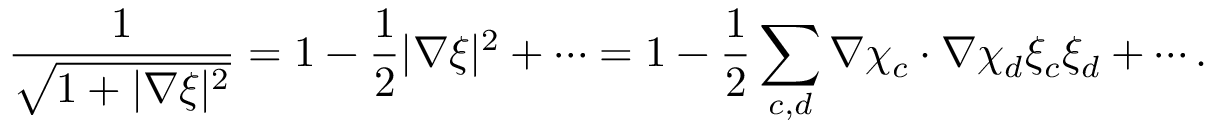
\frac { 1 } { \sqrt { 1 + | \nabla \xi | ^ { 2 } } } = 1 - \frac { 1 } { 2 } | \nabla \xi | ^ { 2 } + \cdots = 1 - \frac { 1 } { 2 } \sum _ { c , d } \nabla \chi _ { c } \cdot \nabla \chi _ { d } \xi _ { c } \xi _ { d } + \cdots .